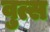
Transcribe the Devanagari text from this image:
वुत्स